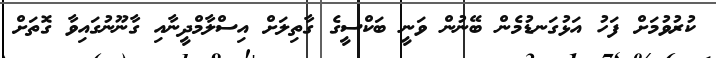
ކުރުވުމަށް ފަހު އަޅުގަނޑުމެން ބޭނުން ވަނީ ބަކްސީގެ ގާތިލަށް އިސްލާމްދީނާއި ގާނޫނުގައިވާ ގޮތަށް